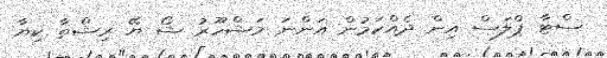
ސްޓާ ޕްލަސް އިން ދެއްކަމުން އަންނަ މަޝްހޫރު ޝޯ ޔޭ ރިޝްތާ ކިޔާ